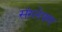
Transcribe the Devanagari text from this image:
संस्लेषण